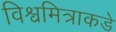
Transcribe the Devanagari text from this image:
विश्वमित्राकडे